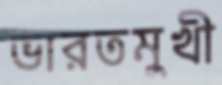
ভারতমুখী